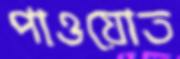
পাওয়োত